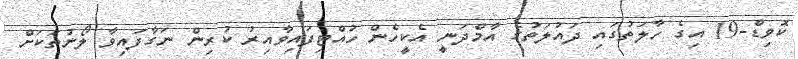
ކޮވިޑް-19 އިގެ ހާލަތުގައި ދައުލަތުގެ އާމްދަނީ އެކީހެން ހުއްޓިފައިވާއިރު ކުރިން ނަގާފައިވާ ލޯނުތަކަށް